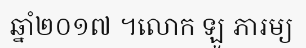
ឆ្នាំ២០១៧ ។លោក ឡូ ភារម្យ